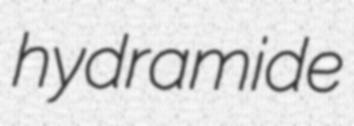
hydramide